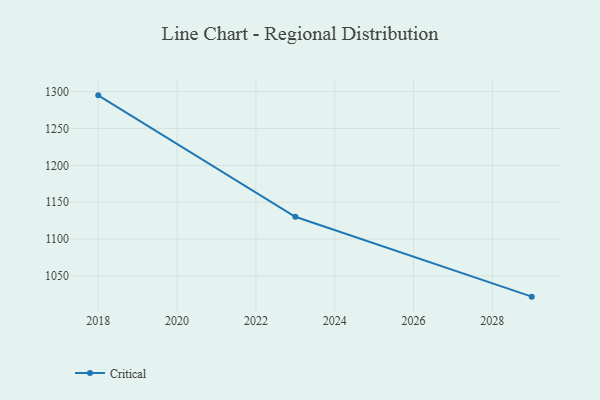
{"axis": {"x": "Year", "y": "Active Users"}, "legend": ["Critical"], "data": [{"x": "2018", "y": 1295.0, "type": "Critical"}, {"x": "2023", "y": 1130.2, "type": "Critical"}, {"x": "2029", "y": 1021.8, "type": "Critical"}]}